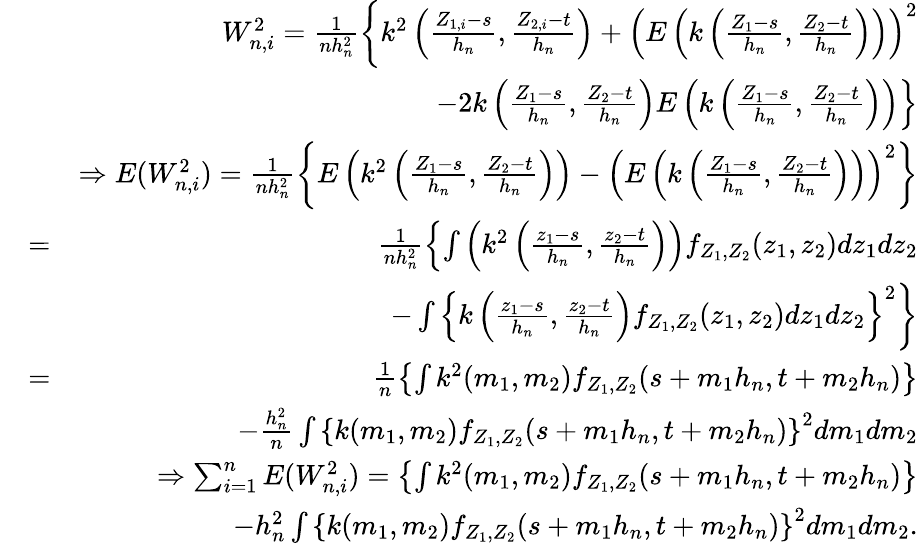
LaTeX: \begin{array}{rlr}&{}&{W_{n,i}^{2}=\frac{1}{nh_{n}^{2}}\left\{ k^{2}\left(\frac{Z_{1,i}-s}{h_{n}},\frac{Z_{2,i}-t}{h_{n}}\right)+\left(E\left(k\left(\frac{Z_{1}-s}{h_{n}},\frac{Z_{2}-t}{h_{n}}\right)\right)\right)^{2}\right.}\\ &{}&{\left.-2k\left(\frac{Z_{1}-s}{h_{n}},\frac{Z_{2}-t}{h_{n}}\right)E\left(k\left(\frac{Z_{1}-s}{h_{n}},\frac{Z_{2}-t}{h_{n}}\right)\right)\right\} }\\ &{}&{\Rightarrow E(W_{n,i}^{2})=\frac{1}{nh_{n}^{2}}\left\{ E\left(k^{2}\left(\frac{Z_{1}-s}{h_{n}},\frac{Z_{2}-t}{h_{n}}\right)\right)-\left(E\left(k\left(\frac{Z_{1}-s}{h_{n}},\frac{Z_{2}-t}{h_{n}}\right)\right)\right)^{2}\right\} }\\ &{=}&{\frac{1}{nh_{n}^{2}}\left\{ \int\left(k^{2}\left(\frac{z_{1}-s}{h_{n}},\frac{z_{2}-t}{h_{n}}\right)\right)f_{Z_{1},Z_{2}}(z_{1},z_{2})dz_{1}dz_{2}\right.}\\ &{}&{\left.-\int\left\{ k\left(\frac{z_{1}-s}{h_{n}},\frac{z_{2}-t}{h_{n}}\right)f_{Z_{1},Z_{2}}(z_{1},z_{2})dz_{1}dz_{2}\right\} ^{2}\right\} }\\ &{=}&{\frac{1}{n}\left\{ \int k^{2}(m_{1},m_{2})f_{Z_{1},Z_{2}}(s+m_{1}h_{n},t+m_{2}h_{n})\right\} }\\ &{}&{-\frac{h_{n}^{2}}{n}\int\left\{ k(m_{1},m_{2})f_{Z_{1},Z_{2}}(s+m_{1}h_{n},t+m_{2}h_{n})\right\} ^{2}dm_{1}dm_{2}}\\ &{}&{\Rightarrow\sum_{i=1}^{n}E(W_{n,i}^{2})=\left\{ \int k^{2}(m_{1},m_{2})f_{Z_{1},Z_{2}}(s+m_{1}h_{n},t+m_{2}h_{n})\right\} }\\ &{}&{-h_{n}^{2}\int\left\{ k(m_{1},m_{2})f_{Z_{1},Z_{2}}(s+m_{1}h_{n},t+m_{2}h_{n})\right\} ^{2}dm_{1}dm_{2}.}\end{array}